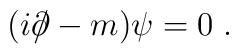
(i \partial \!\!\!/ - m ) \psi = 0 \; .